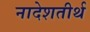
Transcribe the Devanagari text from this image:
नादेशतीर्थ